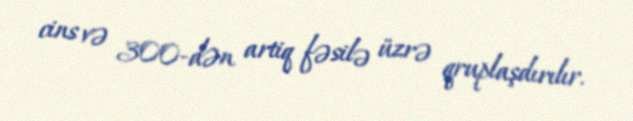
cins və 300-dən artiq fəsilə üzrə qruplaşdırılır.